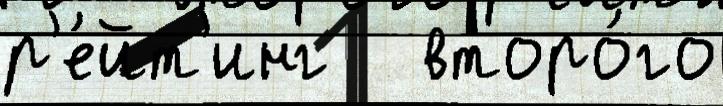
р'е́йт'инг   второ́го